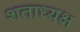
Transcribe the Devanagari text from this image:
शताध्यक्ष